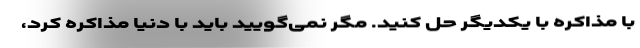
با مذاکره با یکدیگر حل کنید. مگر نمی‌گویید باید با دنیا مذاکره کرد،